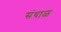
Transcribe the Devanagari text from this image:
संथाळ